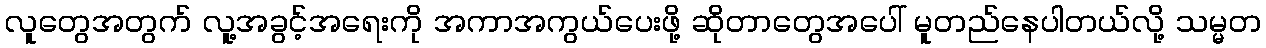
လူတွေအတွက် လူ့အခွင့်အရေးကို အကာအကွယ်ပေးဖို့ ဆိုတာတွေအပေါ် မူတည်နေပါတယ်လို့ သမ္မတ